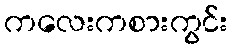
ကလေးကစားကွင်း